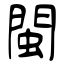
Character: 閩